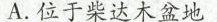
A.位于柴达木盆地